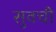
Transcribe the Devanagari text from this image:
सुवची